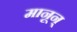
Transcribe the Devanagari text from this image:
मानून्